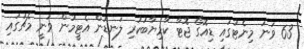
63 ވަނަ މިނެޓުގައި ޑިއޮގޯ ޖޮޓާ ކާމިޔާބުކުރި ލަނޑުން އެޓީމުން ވަނީ މެޗުގައި